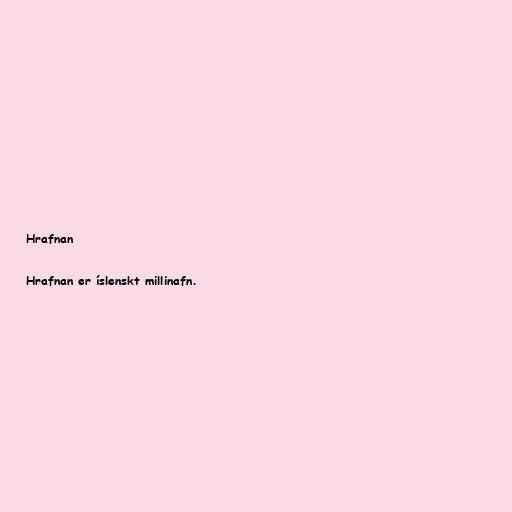
Hrafnan

Hrafnan er íslenskt millinafn.